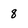
Character: 8